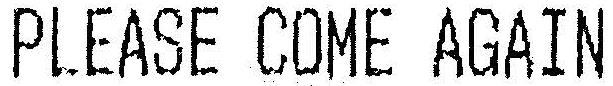
PLEASE COME AGAIN